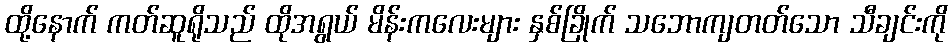
ထို့နောက် ကတ်ဆူရိုသည် ထိုအရွယ် မိန်းကလေးများ နှစ်ခြိုက် သဘောကျတတ်သော သီချင်းကို